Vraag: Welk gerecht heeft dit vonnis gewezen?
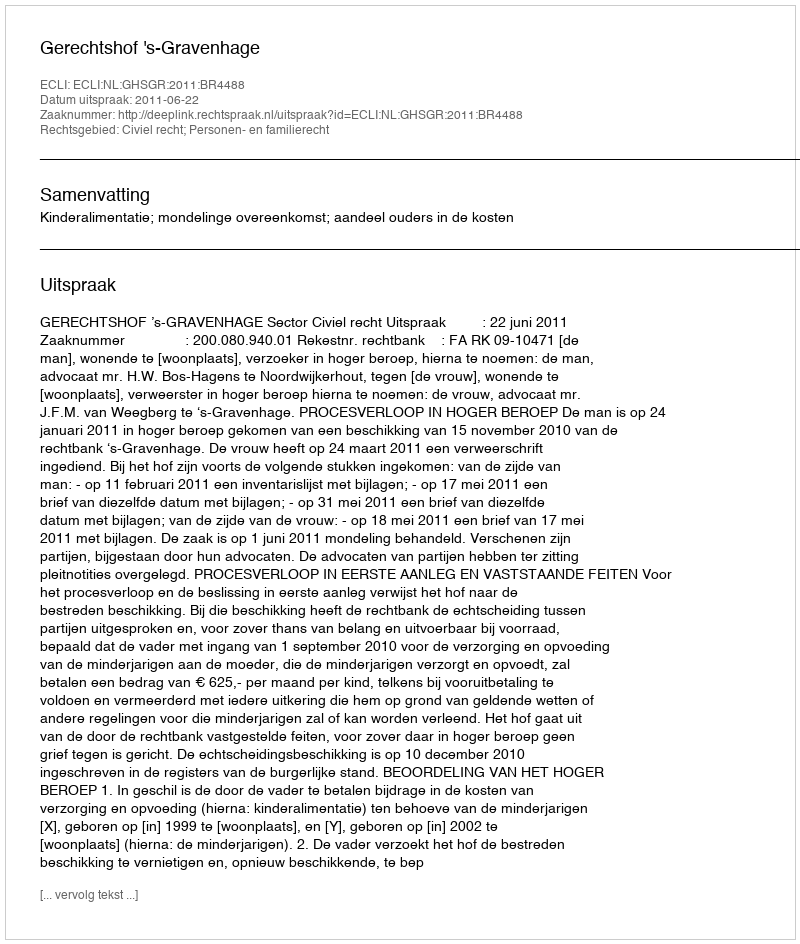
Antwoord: Gerechtshof 's-Gravenhage